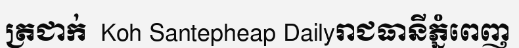
ត្រជាក់  Koh Santepheap Dailyរាជធានីភ្នំពេញ